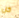
كل